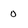
Character: 0